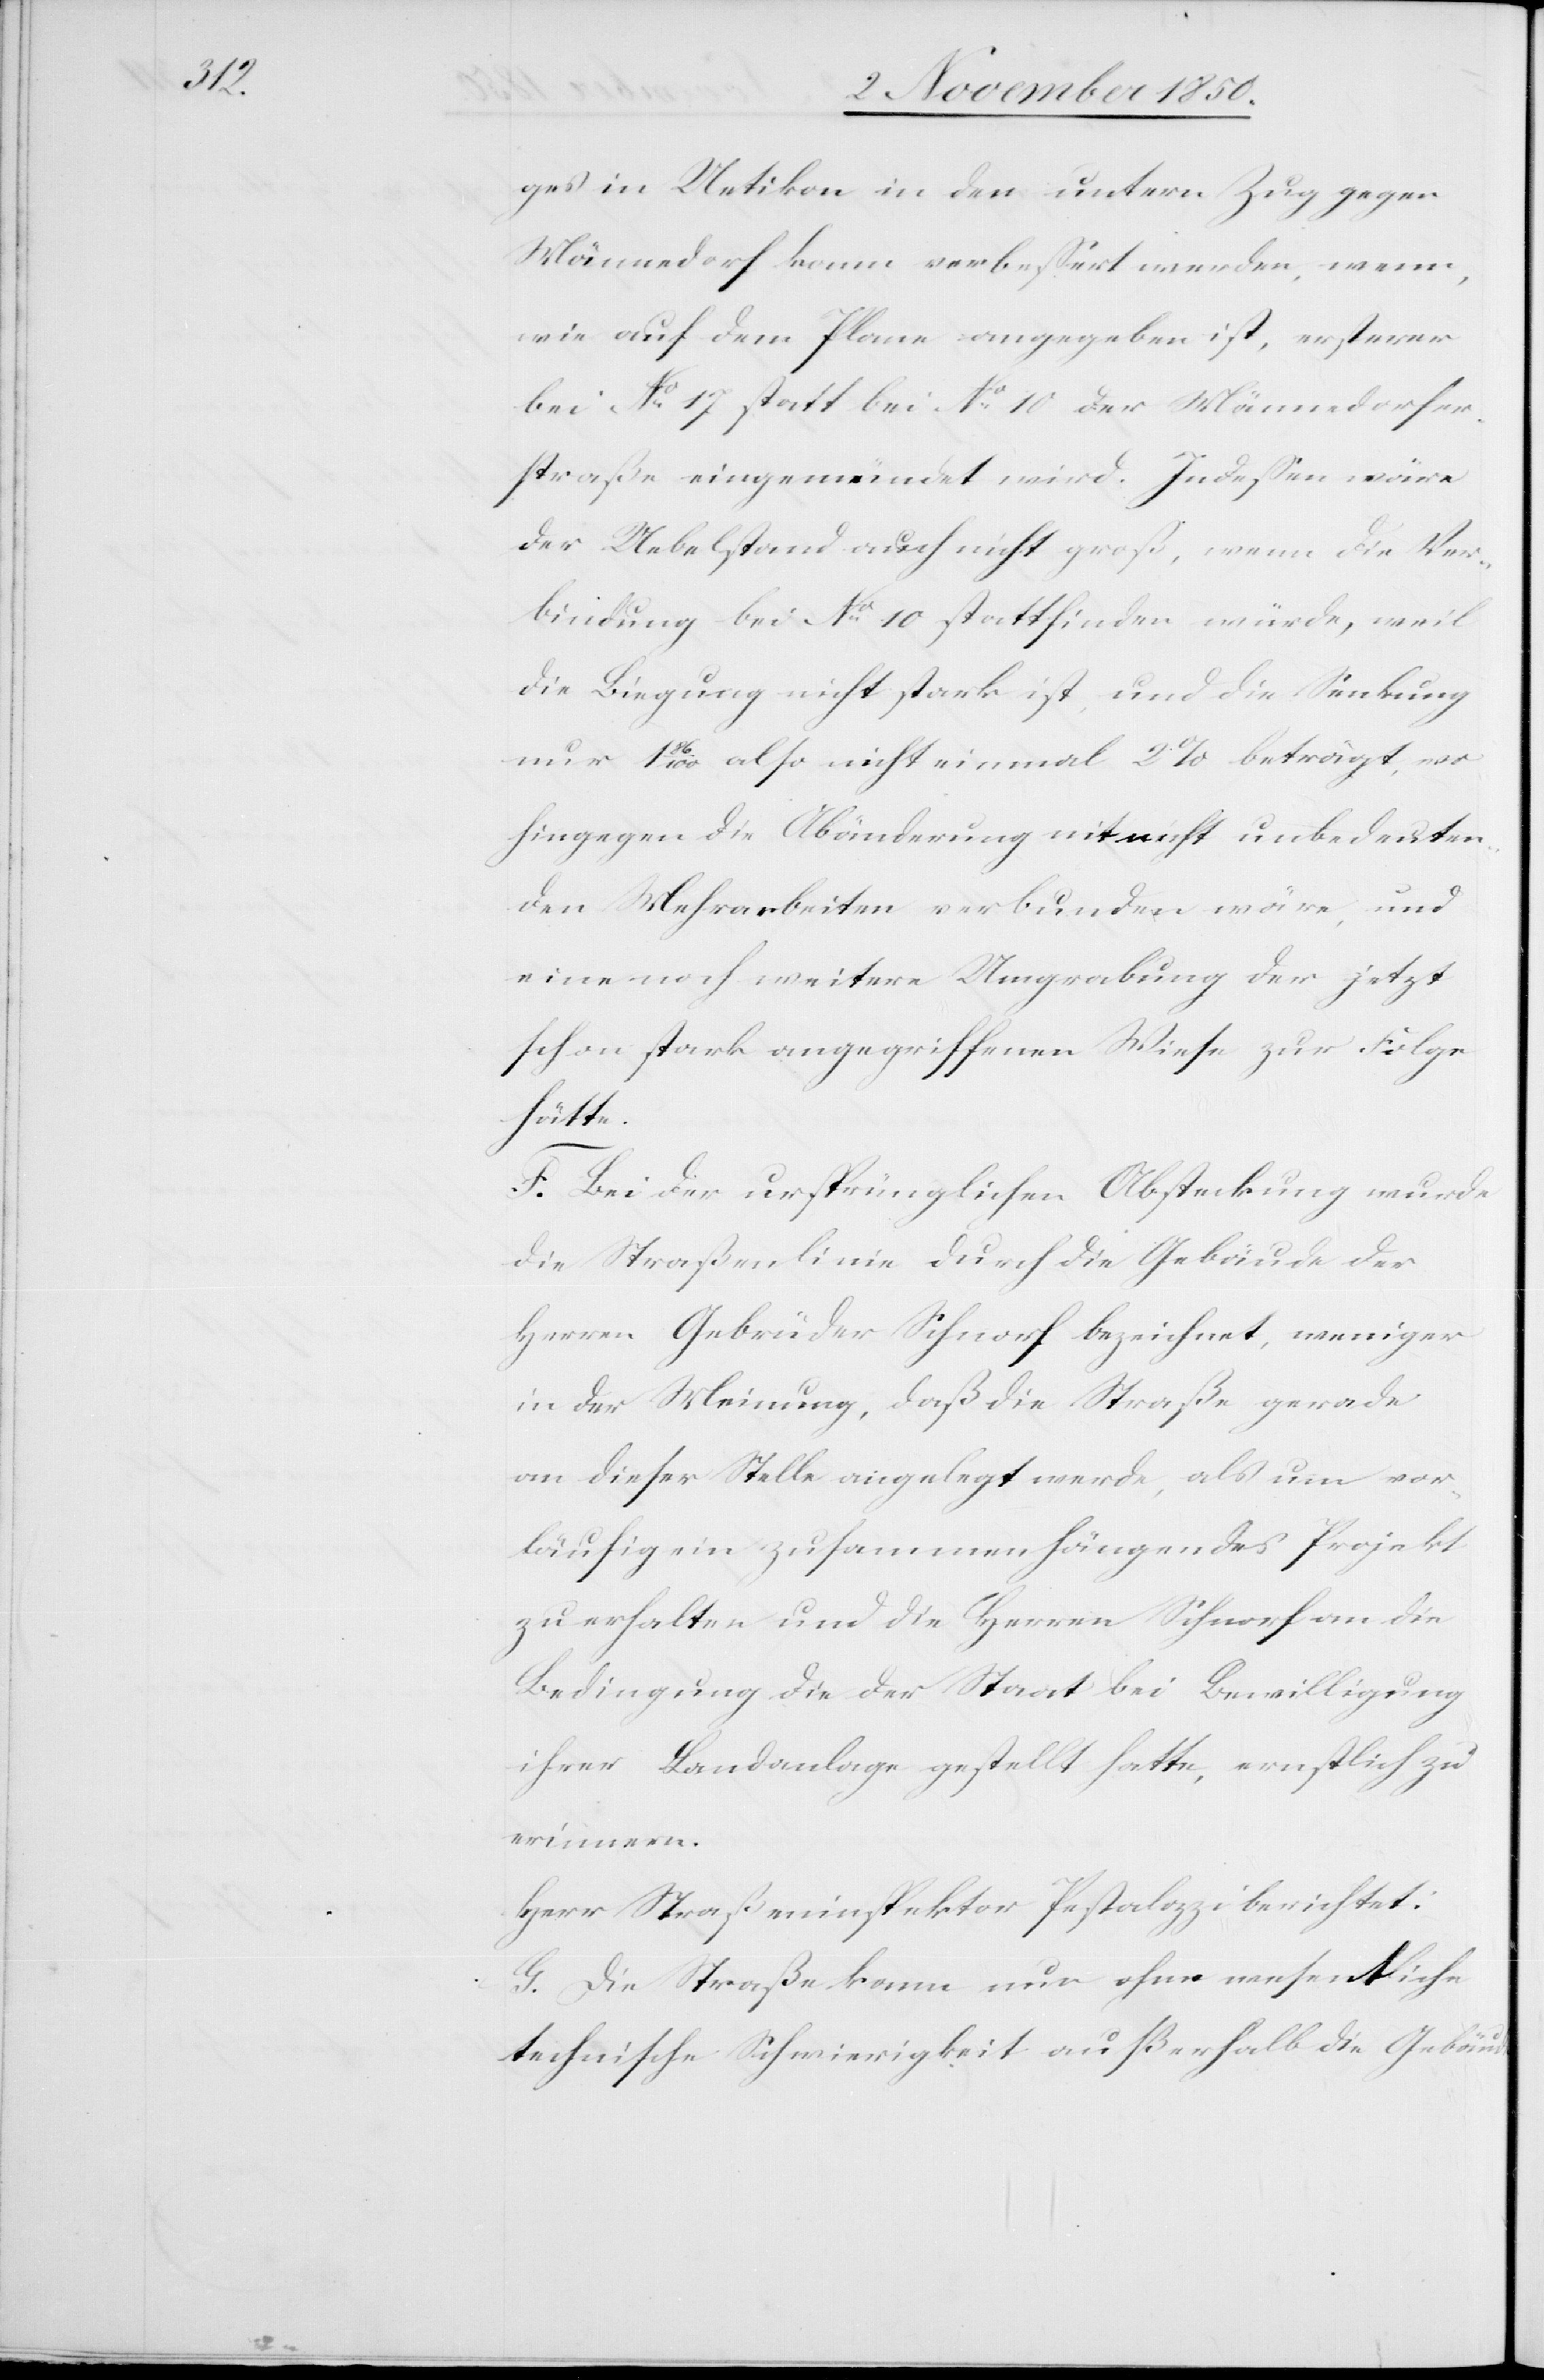
ges in Uetikon in den untern Zug gegen
Männedorf kann verbessert werden, wenn,
wie auf dem Plane angegeben ist, ersterer
bei No 17 statt bei No 10 der Männedorfer¬
straße eingemündet wird. Indessen wäre
der Uebelstand auch nicht groß, wenn die Ver¬
bindung bei No 10 stattfinden würde, weil
die Biegung nicht stark ist, und die Senkung
nur 1 86/100 also nicht einmal 2 % beträgt, wo
hingegen die Abänderung mit nicht unbedeuten¬
den Mehrarbeiten verbunden wäre, und
eine noch weitere Umgrabung der jetzt
schon stark angegriffenen Wiese zur Folge
hätte.
F. Bei der ursprünglichen Absteckung wurde
die Straßenlinie durch die Gebäude der
Herren Gebrüder Schnorf bezeichnet, weniger
in der Meinung, daß die Straße gerade
an dieser Stelle angelegt werde, als um vor¬
läufig ein zusammenhängendes Projekt
zu erhalten und die Herren Schnorf an die
Bedingung die der Staat bei Bewilligung
ihrer Landanlage gestellt hatte, ernstlich zu
erinnern.
Herr Straßeninspektor Pestalozzi berichtet:
G. Die Straße kann nur ohne wesentliche
technische Schwierigkeit außerhalb die Gebäude